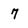
Character: 7